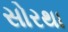
સોરથા